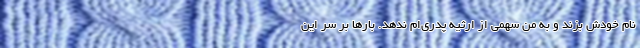
نام خودش بزند و به من سهمی از ارثیه پدری‌ام ندهد. بارها بر سر این